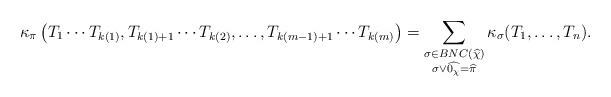
LaTeX: \begin{align*}\kappa_\pi\left(T_1 \cdots T_{k(1)}, T_{k(1)+1} \cdots T_{k(2)}, \ldots, T_{k(m-1)+1} \cdots T_{k(m)} \right) = \sum_{\substack{\sigma \in BNC(\widehat{\chi})\\ \sigma \vee \widehat{0_\chi} = \widehat{\pi}}} \kappa_\sigma(T_1, \ldots, T_n).\end{align*}